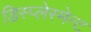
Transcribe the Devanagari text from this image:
डिस्प्लेस्मेन्ट